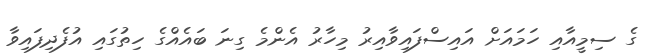
ގެ ސިމީއާއި ހަމައަށް އައިސްފައިވާއިރު މިހާރު އެންމެ ގިނަ ބައެއްގެ ހިތުގައި އުފެދިފައިވާ